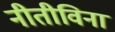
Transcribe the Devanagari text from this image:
नीतीविना